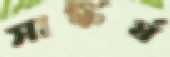
সাঙ্কর্য